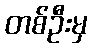
တစ်ဦးမှ